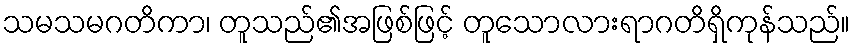
သမသမဂတိကာ၊ တူသည်၏အဖြစ်ဖြင့် တူသောလားရာဂတိရှိကုန်သည်။